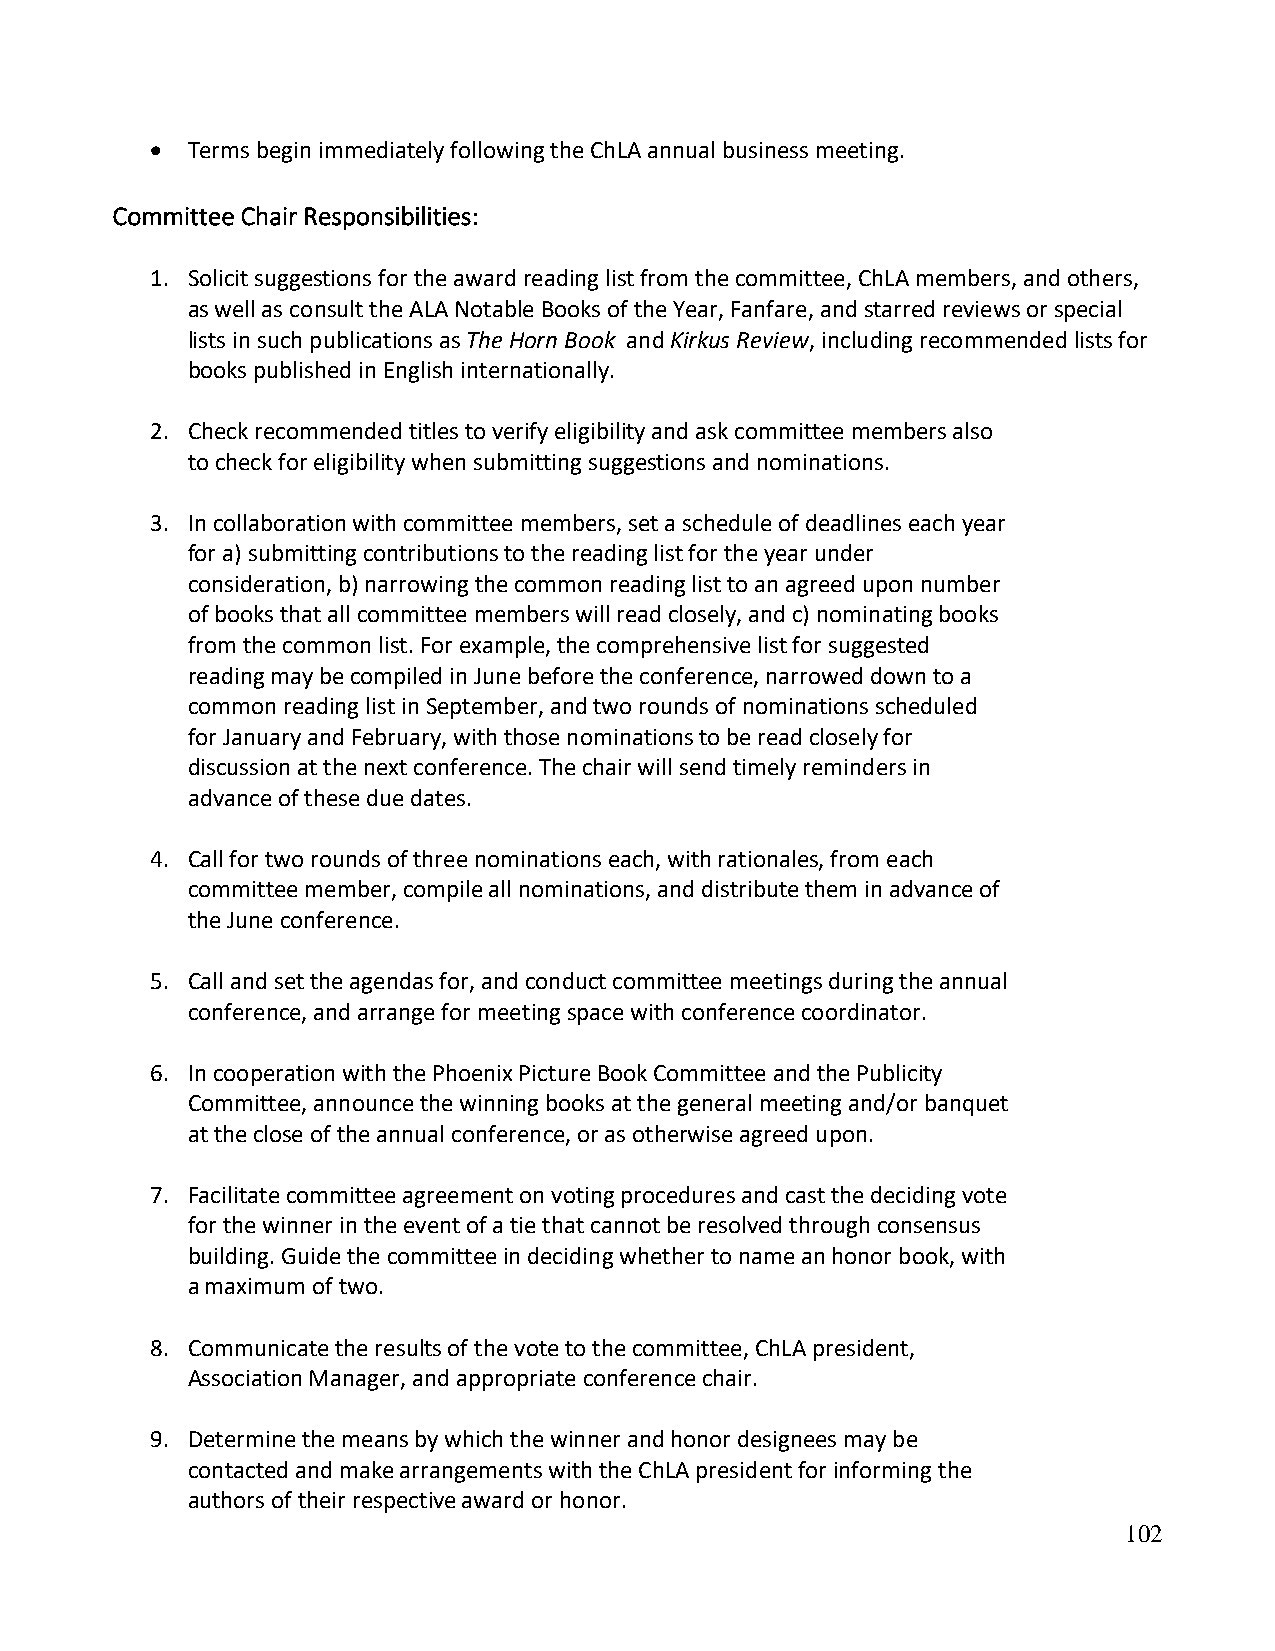
• Terms begin immediately following the ChLA annual business meeting.
 Committee Chair Responsibilities:
 1. Solicit suggestions for the award reading list from the committee, ChLA members, and others,
 as well as consult the ALA Notable Books of the Year, Fanfare, and starred reviews or special
 lists in such publications as The Horn Book and Kirkus Review, including recommended lists for
 books published in English internationally.
 2. Check recommended titles to verify eligibility and ask committee members also
 to check for eligibility when submitting suggestions and nominations.
 3. In collaboration with committee members, set a schedule of deadlines each year
 for a) submitting contributions to the reading list for the year under
 consideration, b) narrowing the common reading list to an agreed upon number
 of books that all committee members will read closely, and c) nominating books
 from the common list. For example, the comprehensive list for suggested
 reading may be compiled in June before the conference, narrowed down to a
 common reading list in September, and two rounds of nominations scheduled
 for January and February, with those nominations to be read closely for
 discussion at the next conference. The chair will send timely reminders in
 advance of these due dates.
 4. Call for two rounds of three nominations each, with rationales, from each
 committee member, compile all nominations, and distribute them in advance of
 the June conference.
 5. Call and set the agendas for, and conduct committee meetings during the annual
 conference, and arrange for meeting space with conference coordinator.
 6. In cooperation with the Phoenix Picture Book Committee and the Publicity
 Committee, announce the winning books at the general meeting and/or banquet
 at the close of the annual conference, or as otherwise agreed upon.
 7. Facilitate committee agreement on voting procedures and cast the deciding vote
 for the winner in the event of a tie that cannot be resolved through consensus
 building. Guide the committee in deciding whether to name an honor book, with
 a maximum of two.
 8. Communicate the results of the vote to the committee, ChLA president,
 Association Manager, and appropriate conference chair.
 9. Determine the means by which the winner and honor designees may be
 contacted and make arrangements with the ChLA president for informing the
 authors of their respective award or honor.
 102